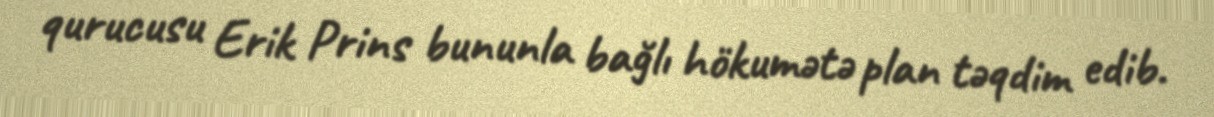
qurucusu Erik Prins bununla bağlı hökumətə plan təqdim edib.